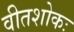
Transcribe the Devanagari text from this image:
वीतशोकः